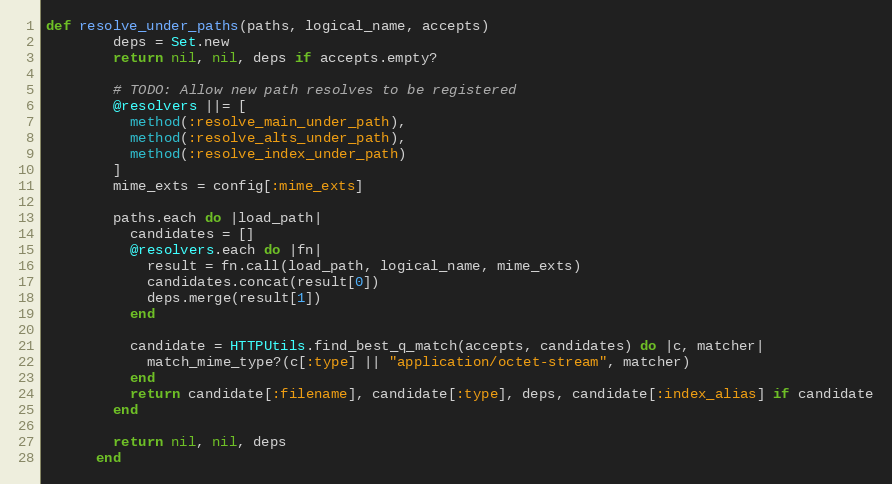
Language: Ruby
def resolve_under_paths(paths, logical_name, accepts)
        deps = Set.new
        return nil, nil, deps if accepts.empty?

        # TODO: Allow new path resolves to be registered
        @resolvers ||= [
          method(:resolve_main_under_path),
          method(:resolve_alts_under_path),
          method(:resolve_index_under_path)
        ]
        mime_exts = config[:mime_exts]

        paths.each do |load_path|
          candidates = []
          @resolvers.each do |fn|
            result = fn.call(load_path, logical_name, mime_exts)
            candidates.concat(result[0])
            deps.merge(result[1])
          end

          candidate = HTTPUtils.find_best_q_match(accepts, candidates) do |c, matcher|
            match_mime_type?(c[:type] || "application/octet-stream", matcher)
          end
          return candidate[:filename], candidate[:type], deps, candidate[:index_alias] if candidate
        end

        return nil, nil, deps
      end